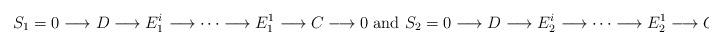
LaTeX: \begin{align*}S_1 & = 0 \longrightarrow D \longrightarrow E^i_1 \longrightarrow \cdots \longrightarrow E^1_1 \longrightarrow C \longrightarrow 0 \mbox{ and } S_2 = 0 \longrightarrow D \longrightarrow E^i_2 \longrightarrow \cdots \longrightarrow E^1_2 \longrightarrow C \longrightarrow 0.\end{align*}